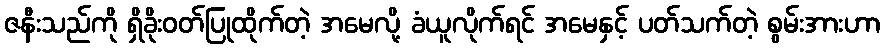
ဇနီးသည်ကို ရှိခိုးဝတ်ပြုထိုက်တဲ့ အမေလို့ ခံယူလိုက်ရင် အမေနှင့် ပတ်သက်တဲ့ စွမ်းအားဟာ